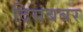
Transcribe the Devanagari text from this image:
दिसंबबर